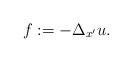
LaTeX: \begin{align*}f := - \Delta_{x'} u.\end{align*}